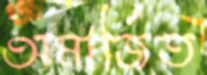
অমার্জিত